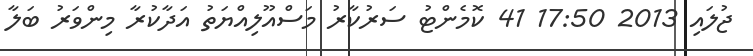
ޖުލައި 2013 17:50 41 ކޮމެންޓު ސަރުކާރު މަސްއޫލިއްޔަތު އަދާކުރާ މިންވަރު ބަލާ